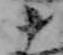
十